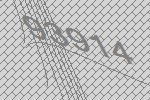
93914